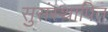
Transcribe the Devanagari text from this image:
सुसंस्थापित